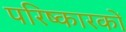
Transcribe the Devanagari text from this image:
परिष्कारकों